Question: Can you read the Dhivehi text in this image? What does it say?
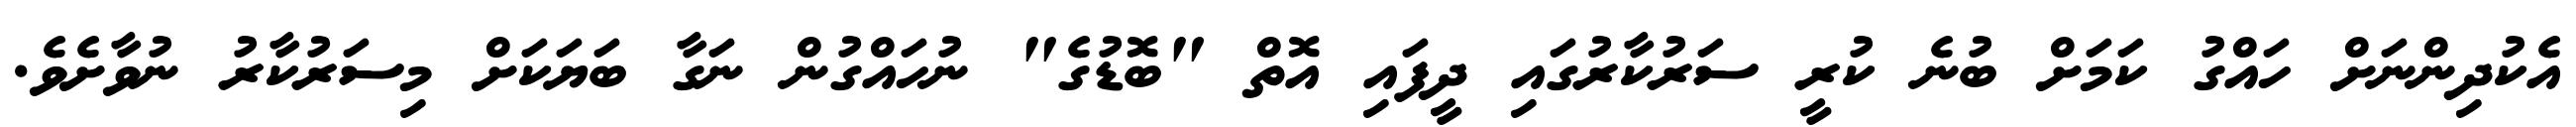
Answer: އެކުދިންނަށް ހައްގު ކަމަށް ބުނެ ކުރީ ސަރުކާރުގައި ދީފައި އޮތް "ބޮޑުގެ" ނުހައްގުން ނަގާ ބަޔަކަށް މިސަރުކާރު ނުވާށެވެ.